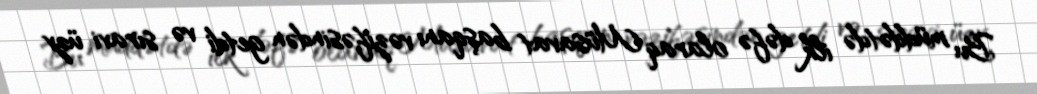
Bu müddətdə ilk dəfə olaraq Müsavat başqanı vəzifəsindən getdi və sıravi üzv